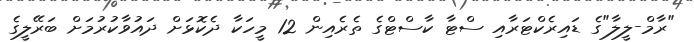
"ރާމް-ލީލާ"ގެ ޑައިރެކްޓަރާއި ސްޓާ ކާސްޓްގެ ތެރެއިން 12 މީހަކާ ދެކޮޅަށް ދައުވާކުރުމަށް ބަރޭލީގެ